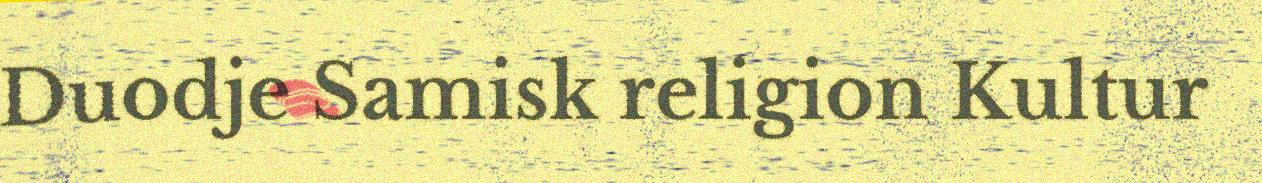
Duodje Samisk religion Kultur